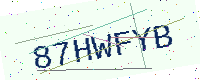
Text: 87HWFYB